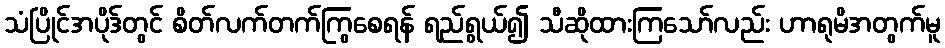
သံပြိုင်အပိုဒ်တွင် စိတ်လက်တက်ကြွစေရန် ရည်ရွယ်၍ သီဆိုထားကြသော်လည်း ဟာရုမိအတွက်မူ